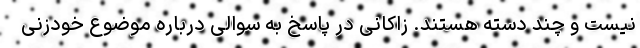
نیست و چند دسته هستند. زاکانی در پاسخ به سوالی درباره موضوع خودزنی